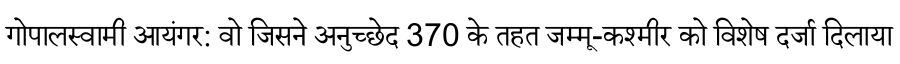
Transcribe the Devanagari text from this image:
गोपालस्वामी आयंगर: वो जिसने अनुच्छेद 370 के तहत जम्मू-कश्मीर को विशेष दर्जा दिलाया